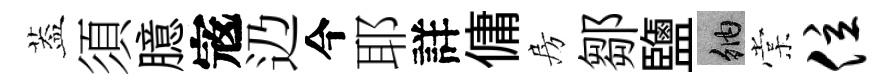
葢須臆𡨥辸今耶詳傭房鄒鹽納棠位